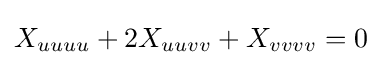
X_{uuuu}+2X_{uuvv}+X_{vvvv}=0